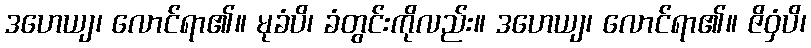
ဒဟေယျ၊ လောင်ရာ၏။ မုခံပိ၊ ခံတွင်းကိုလည်း။ ဒဟေယျ၊ လောင်ရာ၏။ ဇိဝှံပိ၊